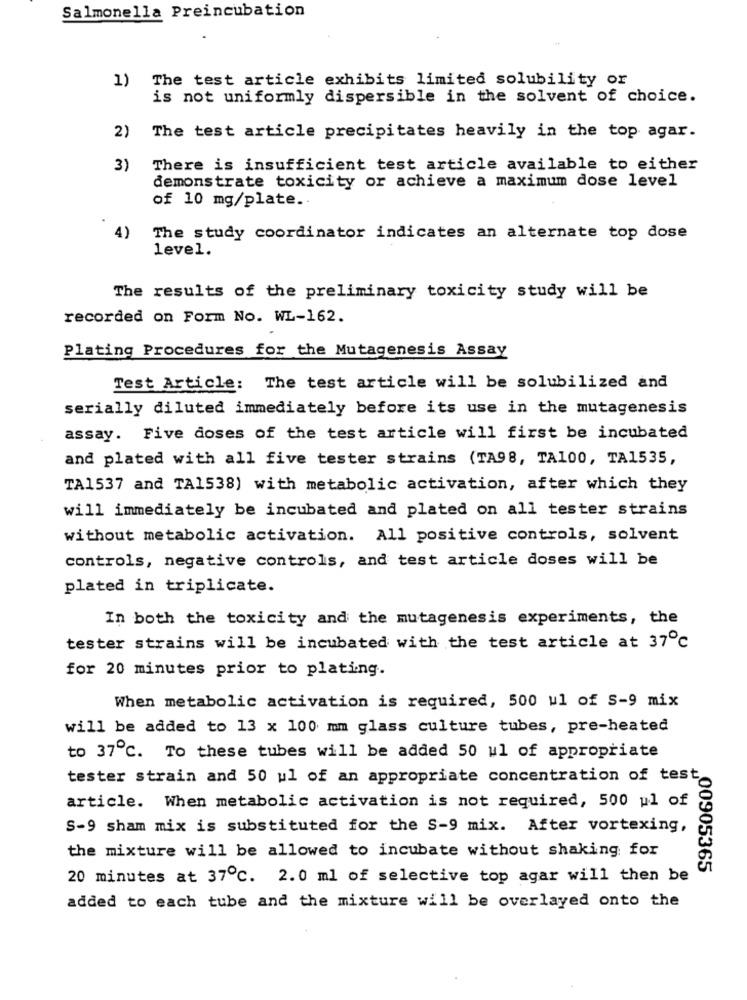
Salmonella Preincubation
1) The test article exhibits limited solubility or
is not uniformly dispersible in the solvent of choice.
2)
The test article precipitates heavily in the top agar.
3)
There is insufficient test article available to either
demonstrate toxicity or achieve a maximum dose level
of 10 mg/plate ..
4)
The study coordinator indicates an alternate top dose
level.
The results of the preliminary toxicity study will be
recorded on Form No. WL-162.
Plating Procedures for the Mutagenesis Assay
Test Article: The test article will be solubilized and
serially diluted immediately before its use in the mutagenesis
assay. Five doses of the test article will first be incubated
and plated with all five tester strains (TA98, TA100, TA1535,
TA1537 and TA1538) with metabolic activation, after which they
will immediately be incubated and plated on all tester strains
without metabolic activation. All positive controls, solvent
controls, negative controls, and test article doses will be
plated in triplicate.
In both the toxicity and the mutagenesis experiments, the
tester strains will be incubated with the test article at 37℃
for 20 minutes prior to plating.
When metabolic activation is required, 500 ul of S-9 mix
will be added to 13 x 100 mm glass culture tubes, pre-heated
to 37ºc. To these tubes will be added 50 ul of appropriate
tester strain and 50 ul of an appropriate concentration of test
article. When metabolic activation is not required, 500 ul of
S-9 sham mix is substituted for the S-9 mix. After vortexing,
the mixture will be allowed to incubate without shaking for
„00905365
20 minutes at 37℃. 2.0 ml of selective top agar will then be
added to each tube and the mixture will be overlayed onto the